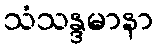
သံသန္ဒမာနာ